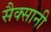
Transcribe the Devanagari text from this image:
सैक्सानी